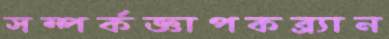
সম্পর্কজ্ঞাপকব্র্যান